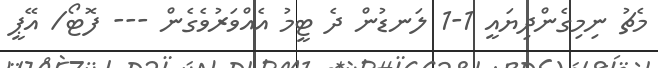
މެޗު ނިމިގެންދިޔައީ 1-1 ލަނޑުން ދެ ޓީމު އެއްވަރުވެގެން --- ފޮޓޯ/ އޭޕީ